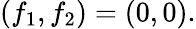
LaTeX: (f_{1},f_{2})=(0,0).